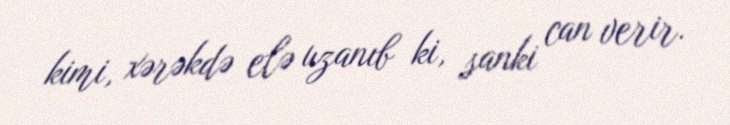
kimi, xərəkdə elə uzanıb ki, sanki can verir.